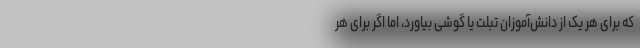
که برای هر یک از دانش‌آموزان تبلت یا گوشی بیاورد، اما اگر برای هر